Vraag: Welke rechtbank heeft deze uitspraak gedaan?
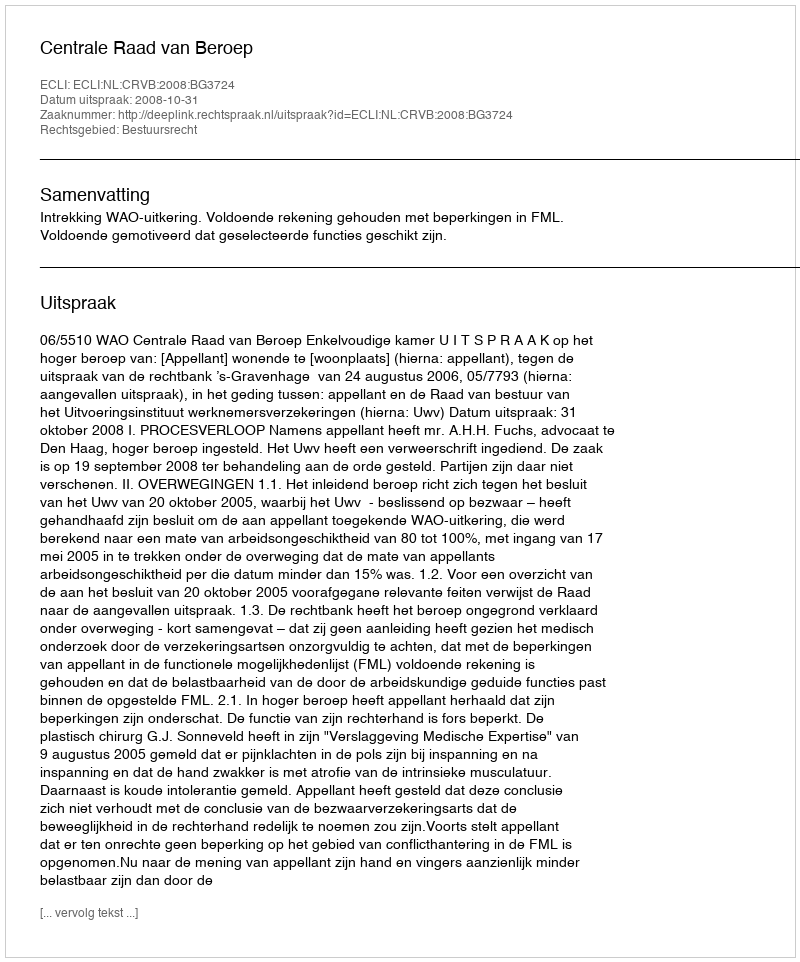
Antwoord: Centrale Raad van Beroep